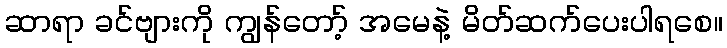
ဆာရာ ခင်ဗျားကို ကျွန်တော့် အမေနဲ့ မိတ်ဆက်ပေးပါရစေ။